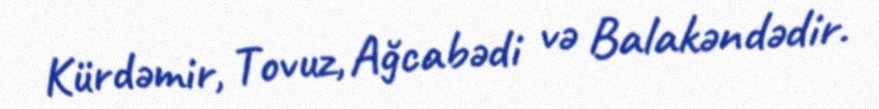
Kürdəmir, Tovuz, Ağcabədi və Balakəndədir.